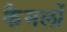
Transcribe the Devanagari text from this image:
कैमलों